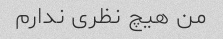
من هیچ نظری ندارم